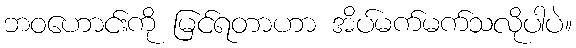
ဘဝဟောင်းကို မြင်ရတာဟာ အိပ်မက်မက်သလိုပါပဲ။